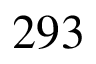
2 9 3